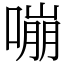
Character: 嘣